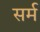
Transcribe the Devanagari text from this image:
सर्म